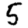
Digit: 5